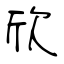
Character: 欣